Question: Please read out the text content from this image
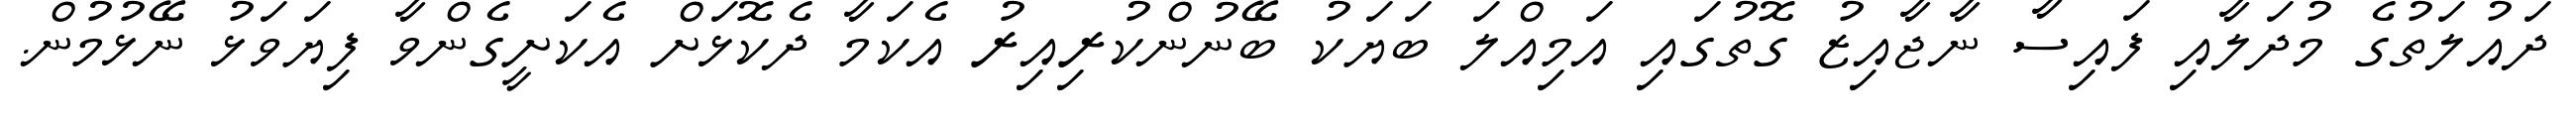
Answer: ދައުލަތުގެ މުދަލާއި ފައިސާ ނާޖާއިޒު ގޮތުގައި އަމިއްލަ ބަޔަކު ބޭނުންކުރިއިރު އެކަމާ ދެކޮޅަށް އެކަށީގެންވާ ފިޔަވަޅު ނޭޅުމުން.